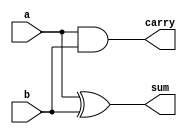
`timescale 1ns / 1ps
//////////////////////////////////////////////////////////////////////////////////
// Company: 
// Engineer: 
// 
// Design Name: 
// Module Name: half_adder
// Project Name: 
// Target Devices: 
// Tool Versions: 
// Description: 
// 
// Dependencies: 
// 
// Revision:
// Revision 0.01 - File Created
// Additional Comments:
// 
//////////////////////////////////////////////////////////////////////////////////

//Data flow modelling
module half_adder(a,b,sum,carry);
input a,b;
output sum,carry;
assign sum=a^b;
assign carry=a&b;

endmodule